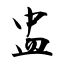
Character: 盅